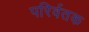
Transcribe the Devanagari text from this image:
परिर्वतक